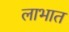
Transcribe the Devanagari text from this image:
लाभात